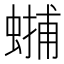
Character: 𧏳